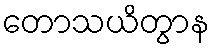
တောသယိတွာန